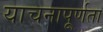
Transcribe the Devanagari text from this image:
याचनापूर्णता